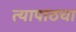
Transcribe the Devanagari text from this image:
त्यापाठचा